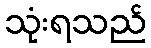
သုံးရသည်